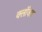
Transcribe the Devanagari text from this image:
क्लॉक्ड